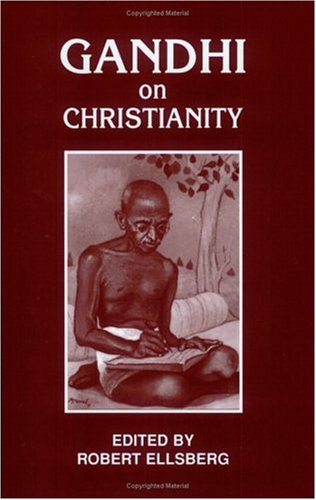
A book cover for Gandhi on Christianity; Mahatma Gandhi; Religion & Spirituality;